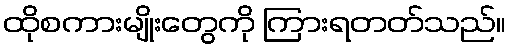
ထိုစကားမျိုးတွေကို ကြားရတတ်သည်။